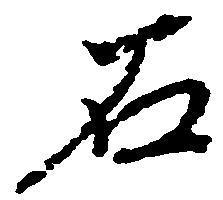
石